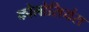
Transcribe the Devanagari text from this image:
कोलोसियंस